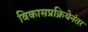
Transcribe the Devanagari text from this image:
विकासप्रक्रियेनंतर